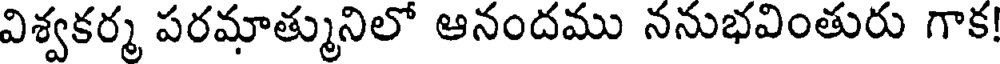
విశ్వకర్మ పరమాత్మునిలో ఆనందము ననుభవింతురు గాక!